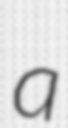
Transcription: a